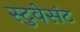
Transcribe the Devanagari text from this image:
स्टुवेसंट